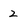
Character: 2